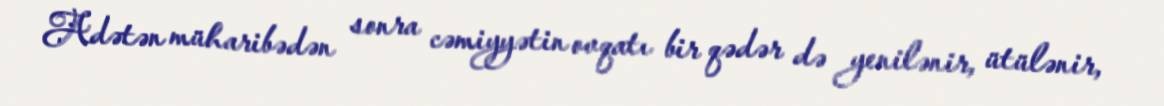
Adətən müharibədən sonra cəmiyyətin ovqatı bir qədər də yenilənir, ütülənir,